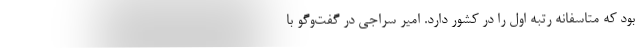
بود که متاسفانه رتبه اول را در کشور دارد. امیر سراجی در گفت‌وگو با